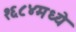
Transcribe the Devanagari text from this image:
१६८४मध्ये